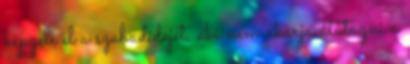
képzeli el a szabadidejét, aki nem akarja átutazni a